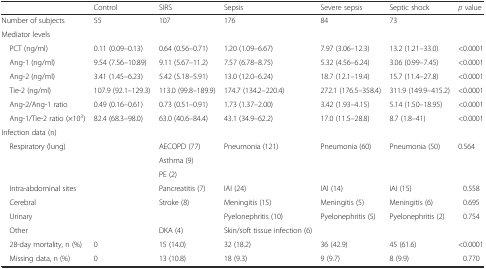
<table><thead><tr><td></td><td><b>Control</b></td><td><b>SIRS</b></td><td><b>Sepsis</b></td><td><b>Severe sepsis</b></td><td><b>Septic shock</b></td><td><b><i>p</i> value</b></td></tr></thead><tbody><tr><td>Number of subjects</td><td>55</td><td>107</td><td>176</td><td>84</td><td>73</td><td></td></tr><tr><td colspan="7">Mediator levels</td></tr><tr><td> PCT (ng/ml)</td><td>0.11 (0.09–0.13)</td><td>0.64 (0.56–0.71)</td><td>1.20 (1.09–6.67)</td><td>7.97 (3.06–12.3)</td><td>13.2 (1.21–33.0)</td><td>&lt;0.0001</td></tr><tr><td> Ang-1 (ng/ml)</td><td>9.54 (7.56–10.89)</td><td>9.11 (5.67–11.2)</td><td>7.57 (6.78–8.75)</td><td>5.32 (4.56–6.24)</td><td>3.06 (0.99–7.45)</td><td>&lt;0.0001</td></tr><tr><td> Ang-2 (ng/ml)</td><td>3.41 (1.45–6.23)</td><td>5.42 (5.18–5.91)</td><td>13.0 (12.0–6.24)</td><td>18.7 (12.1–19.4)</td><td>15.7 (11.4–27.8)</td><td>&lt;0.0001</td></tr><tr><td> Tie-2 (ng/ml)</td><td>107.9 (92.1–129.3)</td><td>113.0 (99.8–189.9)</td><td>174.7 (134.2–220.4)</td><td>272.1 (176.5–358.4)</td><td>311.9 (149.9–415.2)</td><td>&lt;0.0001</td></tr><tr><td> Ang-2/Ang-1 ratio</td><td>0.49 (0.16–0.61)</td><td>0.73 (0.51–0.91)</td><td>1.73 (1.37–2.00)</td><td>3.42 (1.93–4.15)</td><td>5.14 (1.50–18.95)</td><td>&lt;0.0001</td></tr><tr><td> Ang-1/Tie-2 ratio (×10<sup>3</sup>)</td><td>82.4 (68.3–98.0)</td><td>63.0 (40.6–84.4)</td><td>43.1 (34.9–62.2)</td><td>17.0 (11.5–28.8)</td><td>8.7 (1.8–41)</td><td>&lt;0.0001</td></tr><tr><td colspan="7">Infection data (n)</td></tr><tr><td rowspan="3"> Respiratory (lung)</td><td rowspan="3"></td><td>AECOPD (77)</td><td rowspan="3">Pneumonia (121)</td><td rowspan="3">Pneumonia (60)</td><td rowspan="3">Pneumonia (50)</td><td rowspan="3">0.564</td></tr><tr><td>Asthma (9)</td></tr><tr><td>PE (2)</td></tr><tr><td> Intra-abdominal sites</td><td></td><td>Pancreatitis (7)</td><td>IAI (24)</td><td>IAI (14)</td><td>IAI (15)</td><td>0.558</td></tr><tr><td> Cerebral</td><td></td><td>Stroke (8)</td><td>Meningitis (15)</td><td>Meningitis (5)</td><td>Meningitis (6)</td><td>0.695</td></tr><tr><td> Urinary</td><td></td><td></td><td>Pyelonephritis (10)</td><td>Pyelonephritis (5)</td><td>Pyelonephritis (2)</td><td>0.754</td></tr><tr><td> Other</td><td></td><td>DKA (4)</td><td>Skin/soft tissue infection (6)</td><td></td><td></td><td></td></tr><tr><td> 28-day mortality, n (%)</td><td>0</td><td>15 (14.0)</td><td>32 (18.2)</td><td>36 (42.9)</td><td>45 (61.6)</td><td>&lt;0.0001</td></tr><tr><td> Missing data, n (%)</td><td>0</td><td>13 (10.8)</td><td>18 (9.3)</td><td>9 (9.7)</td><td>8 (9.9)</td><td>0.770</td></tr></tbody></table>